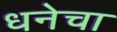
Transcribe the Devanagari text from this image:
धनेचा